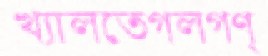
খ্যালতেগলগণ্